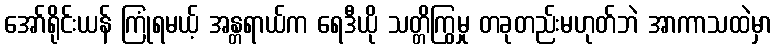
အော်ရိုင်းယန် ကြုံရမယ့် အန္တရာယ်က ရေဒီယို သတ္တိကြွမှု တခုတည်းမဟုတ်ဘဲ အာကာသထဲမှာ